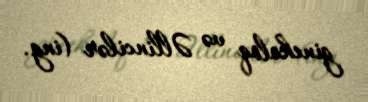
ginekoloq və Əllincilər (ing.